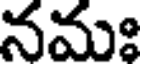
నమః